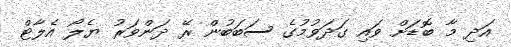
އަދި މާ ބޮޑަށް ވައި ގަދަވުމުގެ ސަބަބުން ރޭ ދަންވަރު ޔެލޯ އެލާޓް